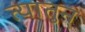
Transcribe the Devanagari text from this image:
त्यातुन्